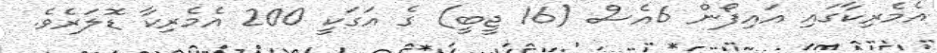
އެމެރިކާގައި އައިފޯން 6އެސް (16 ޖީބީ) ގެ އަގަކީ 200 އެމެރިކާ ޑޮލަރެވެ.